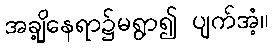
အချို့နေရာ၌မရွာ၍ ပျက်အံ့။